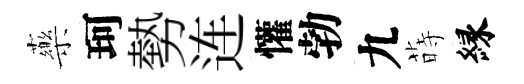
藥珂勢连懽勃九蒔縁